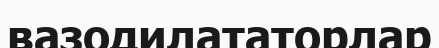
вазодилататорлар